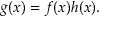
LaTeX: g ( x ) = f ( x ) h ( x ) .